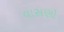
વાસણો